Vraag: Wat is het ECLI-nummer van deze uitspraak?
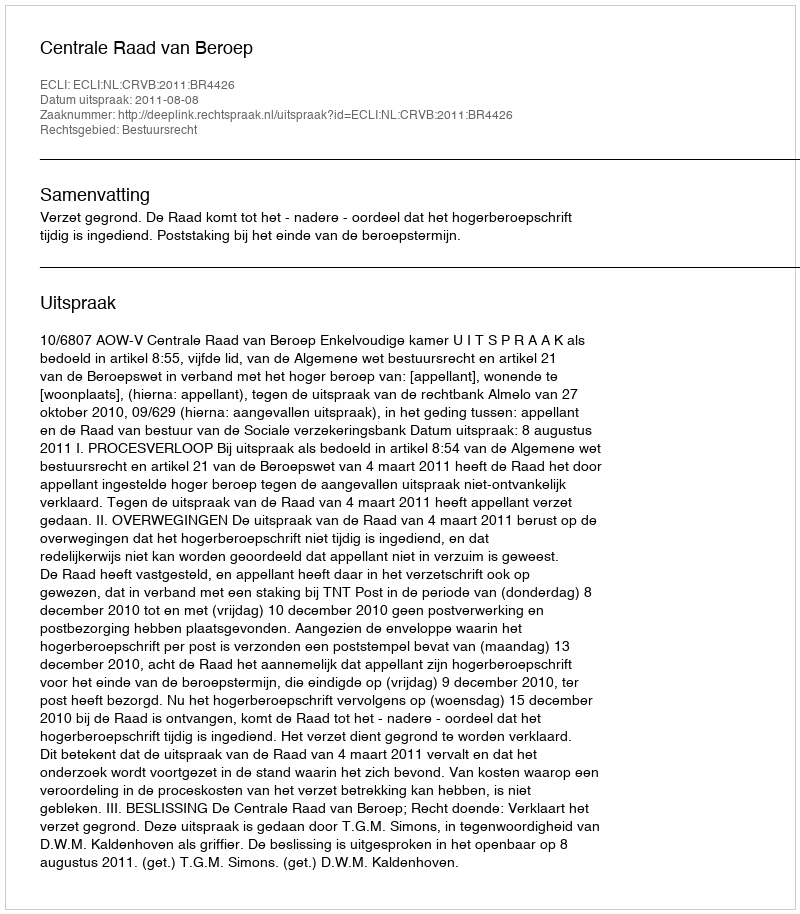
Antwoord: ECLI:NL:CRVB:2011:BR4426